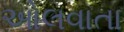
ઓલવાતા